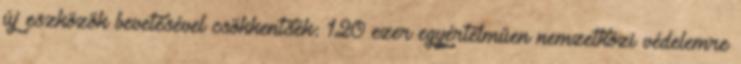
új eszközök bevetésével csökkentsék: 120 ezer egyértelműen nemzetközi védelemre